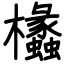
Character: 欚